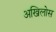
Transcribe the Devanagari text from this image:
अखिलोस